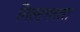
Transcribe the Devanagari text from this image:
गिल्टनरला